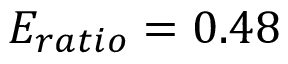
E _ { r a t i o } = 0 . 4 8